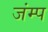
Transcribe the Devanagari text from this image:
जंम्प